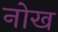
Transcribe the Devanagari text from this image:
नोख